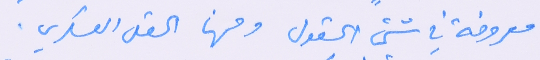
معروفة في شتى الحقول ومنها الحقل العسكري.